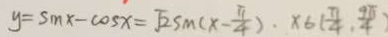
y = \sin x - \cos x = \sqrt { 2 } \sin ( x - \frac { \pi } { 4 } ) . x 6 ( \frac { \pi } { 4 } , \frac { 9 \pi } { 4 } )